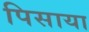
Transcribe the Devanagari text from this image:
पिसाया